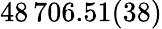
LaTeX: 48\, 706.51(38)